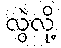
လွဲလို့